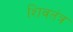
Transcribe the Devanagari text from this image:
शिवतंत्र